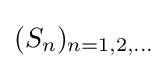
(S_{n})_{n=1,2,\ldots }